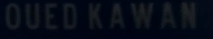
OUEDKAWAN